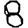
Digit: 8